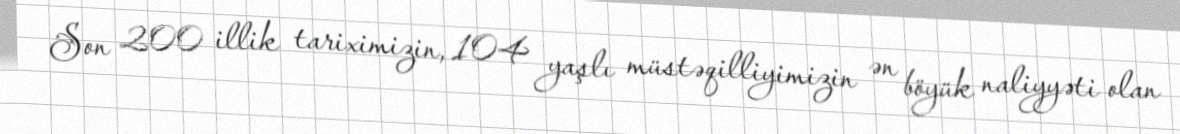
Son 200 illik tariximizin, 104 yaşlı müstəqilliyimizin ən böyük naliyyəti olan